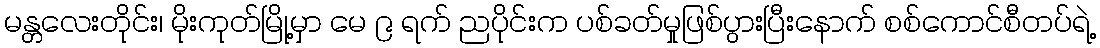
မန္တလေးတိုင်း၊ မိုးကုတ်မြို့မှာ မေ ၉ ရက် ညပိုင်းက ပစ်ခတ်မှုဖြစ်ပွားပြီးနောက် စစ်ကောင်စီတပ်ရဲ့